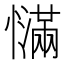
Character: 𰒙